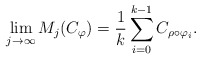
\begin{align*} \lim_{j\rightarrow\infty} M_j(C_\varphi )= \frac{1}{k}\sum_{i=0}^{k-1} C_{\rho\circ \varphi_i}.\end{align*}